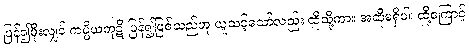
ပြန်၍မိုးလျှင် ကပ္ပိယကုဋိ ပြန်၍ဖြစ်သည်ဟု ယူသင့်သော်လည်း ထိုသို့ကား အဆိုမရှိပါ၊ ထို့ကြောင့်